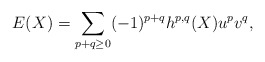
\begin{align*} E(X) = \sum_{p+q \geq 0}(-1)^{p+q}h^{p,q}(X)u^pv^q,\end{align*}